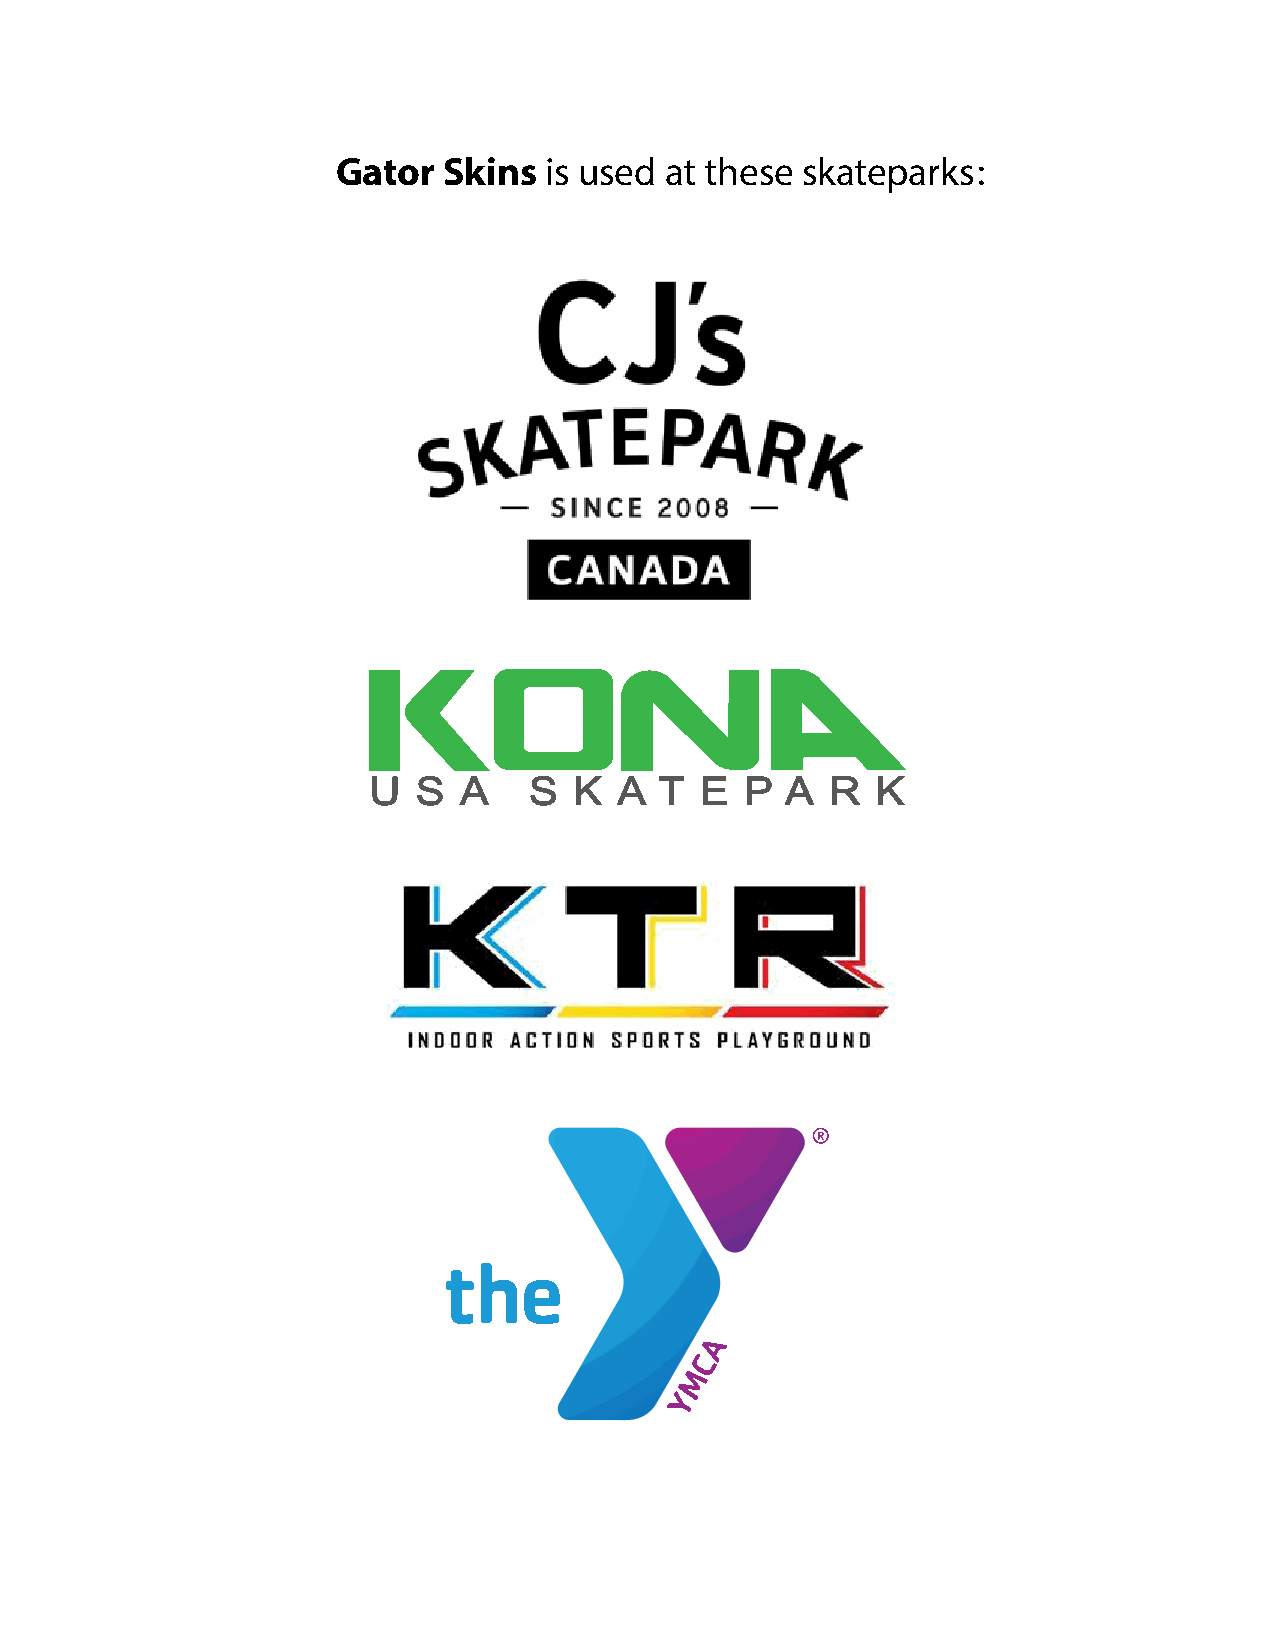
Gator  Skins  is used at these skateparks:
 U   S A    S  K  A  T E  P  A  R  K